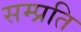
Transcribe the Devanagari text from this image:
सम्‍प्रति